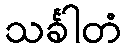
သင်္ခါတံ